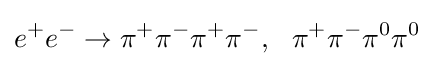
e^{+}e^{-}\to \pi ^{+}\pi ^{-}\pi ^{+}\pi ^{-},~~\pi ^{+}\pi ^{-}\pi ^{0}\pi ^{0}